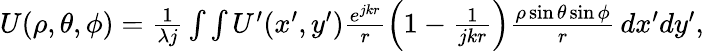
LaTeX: \begin{array}{r}{U(\rho,\theta,\phi)=\frac{1}{\lambda j}\int\int U^{\prime}(x^{\prime},y^{\prime})\frac{e^{jkr}}{r}\left(1-\frac{1}{jkr}\right)\frac{\rho\sin{\theta}\sin{\phi}}{r}\, dx^{\prime}dy^{\prime},}\end{array}